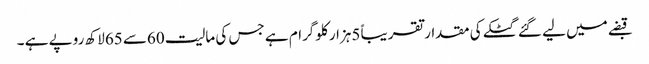
قبضے میں لیے گئے گٹکے کی مقدار تقریباً 5ہزار کلوگرام ہے جس کی مالیت 60سے 65لاکھ روپے ہے ۔